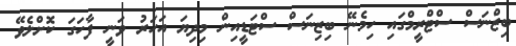
ބިޒްނަސް ސްޓްރީމްގައި ހިމެނޭ ބިޒިނަސް ސްޓަޑީއިން މިދިޔަ އަހަރު ވަނީ ފާހަގަ ކޮށްލެވޭ